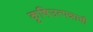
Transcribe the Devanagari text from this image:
कृषिउत्पन्नाची